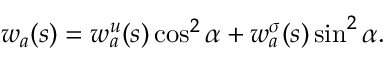
w _ { a } ( s ) = w _ { a } ^ { u } ( s ) \cos ^ { 2 } \alpha + w _ { a } ^ { \sigma } ( s ) \sin ^ { 2 } \alpha .